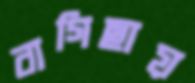
বাগিছায়